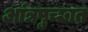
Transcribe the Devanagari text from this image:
आंत्रपुच्छात